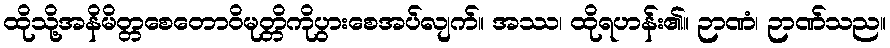
ထိုသို့အနိမိတ္တစေတောဝိမုတ္တိကိုပွားစေအပ်လျက်။ အဿ၊ ထိုရဟန်း၏။ ဉာဏံ၊ ဉာဏ်သည။